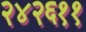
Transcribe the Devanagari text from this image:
२४२६११